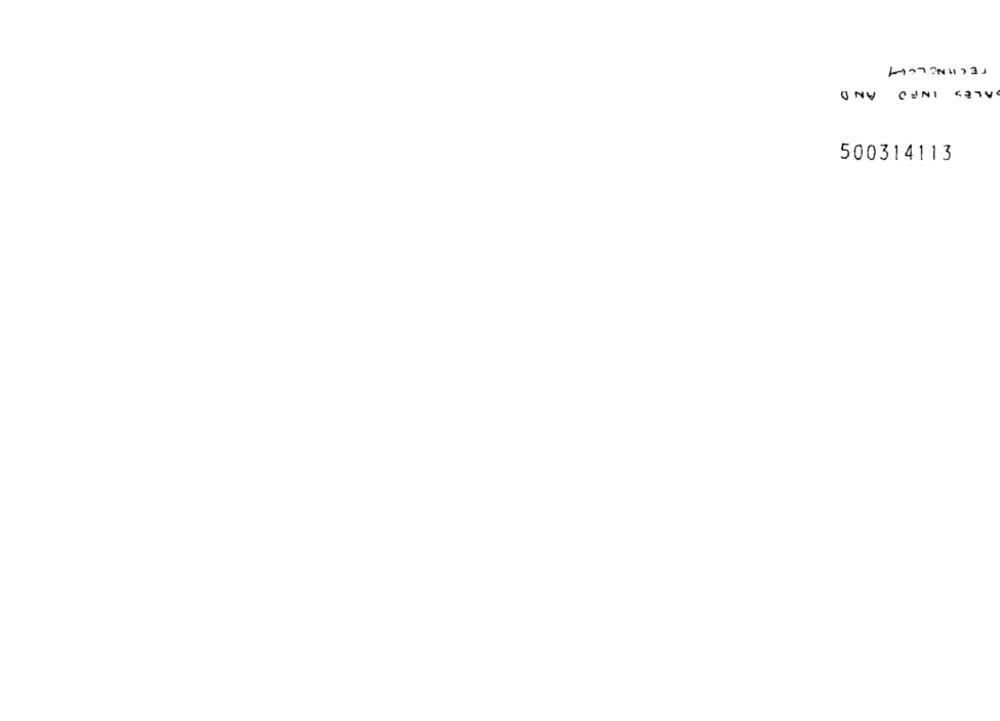
TECHNOLOGY
SALES INFO AND
500314113